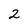
Character: 2